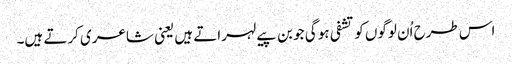
اس طرح اُن لوگوں کو تشفی ہو گی جو بن پیے لہراتے ہیں یعنی شاعری کرتے ہیں۔